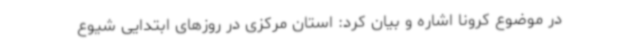
در موضوع کرونا اشاره و بیان کرد: استان مرکزی در روزهای ابتدایی شیوع